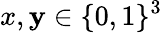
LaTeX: x,\mathbf{y}\in\{ 0,1\} ^{3}